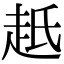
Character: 赿